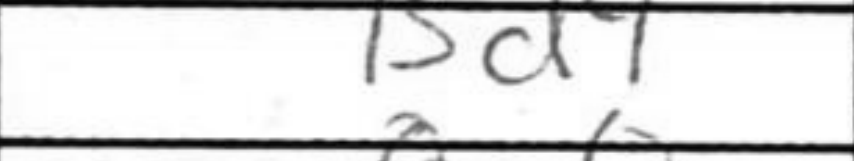
Transcription: Bd1